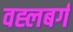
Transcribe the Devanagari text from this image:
वह्लबर्ग